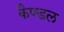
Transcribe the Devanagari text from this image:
कैण्डल